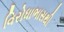
વિરોધાભાસથી